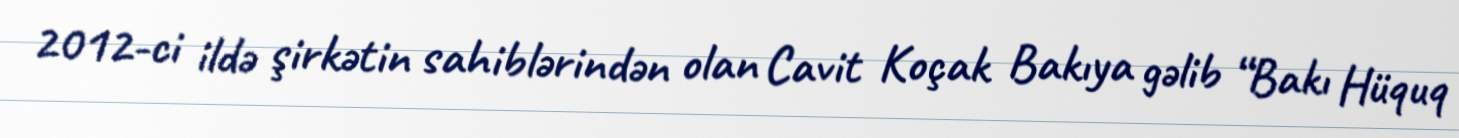
2012-ci ildə şirkətin sahiblərindən olan Cavit Koçak Bakıya gəlib “Bakı Hüquq